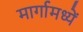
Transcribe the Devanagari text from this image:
मार्गामध्यें